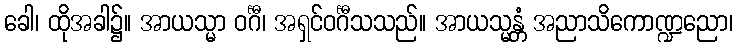
ခေါ၊ ထိုအခါ၌။ အာယသ္မာ ဝင်္ဂီ၊ အရှင်ဝင်္ဂီသသည်။ အာယသ္မန္တံ အညာသိကောဏ္ဍညော၊